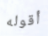
أقوله